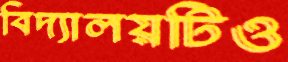
বিদ্যালয়টিও